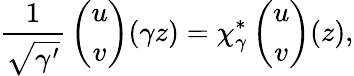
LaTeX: {\frac{1}{\sqrt{\gamma^{\prime}}}}\left(\begin{array}{c}{{u}}\\ {{v}}\end{array}\right)(\gamma z)=\chi_{\gamma}^{*}\left(\begin{array}{c}{{u}}\\ {{v}}\end{array}\right)(z),